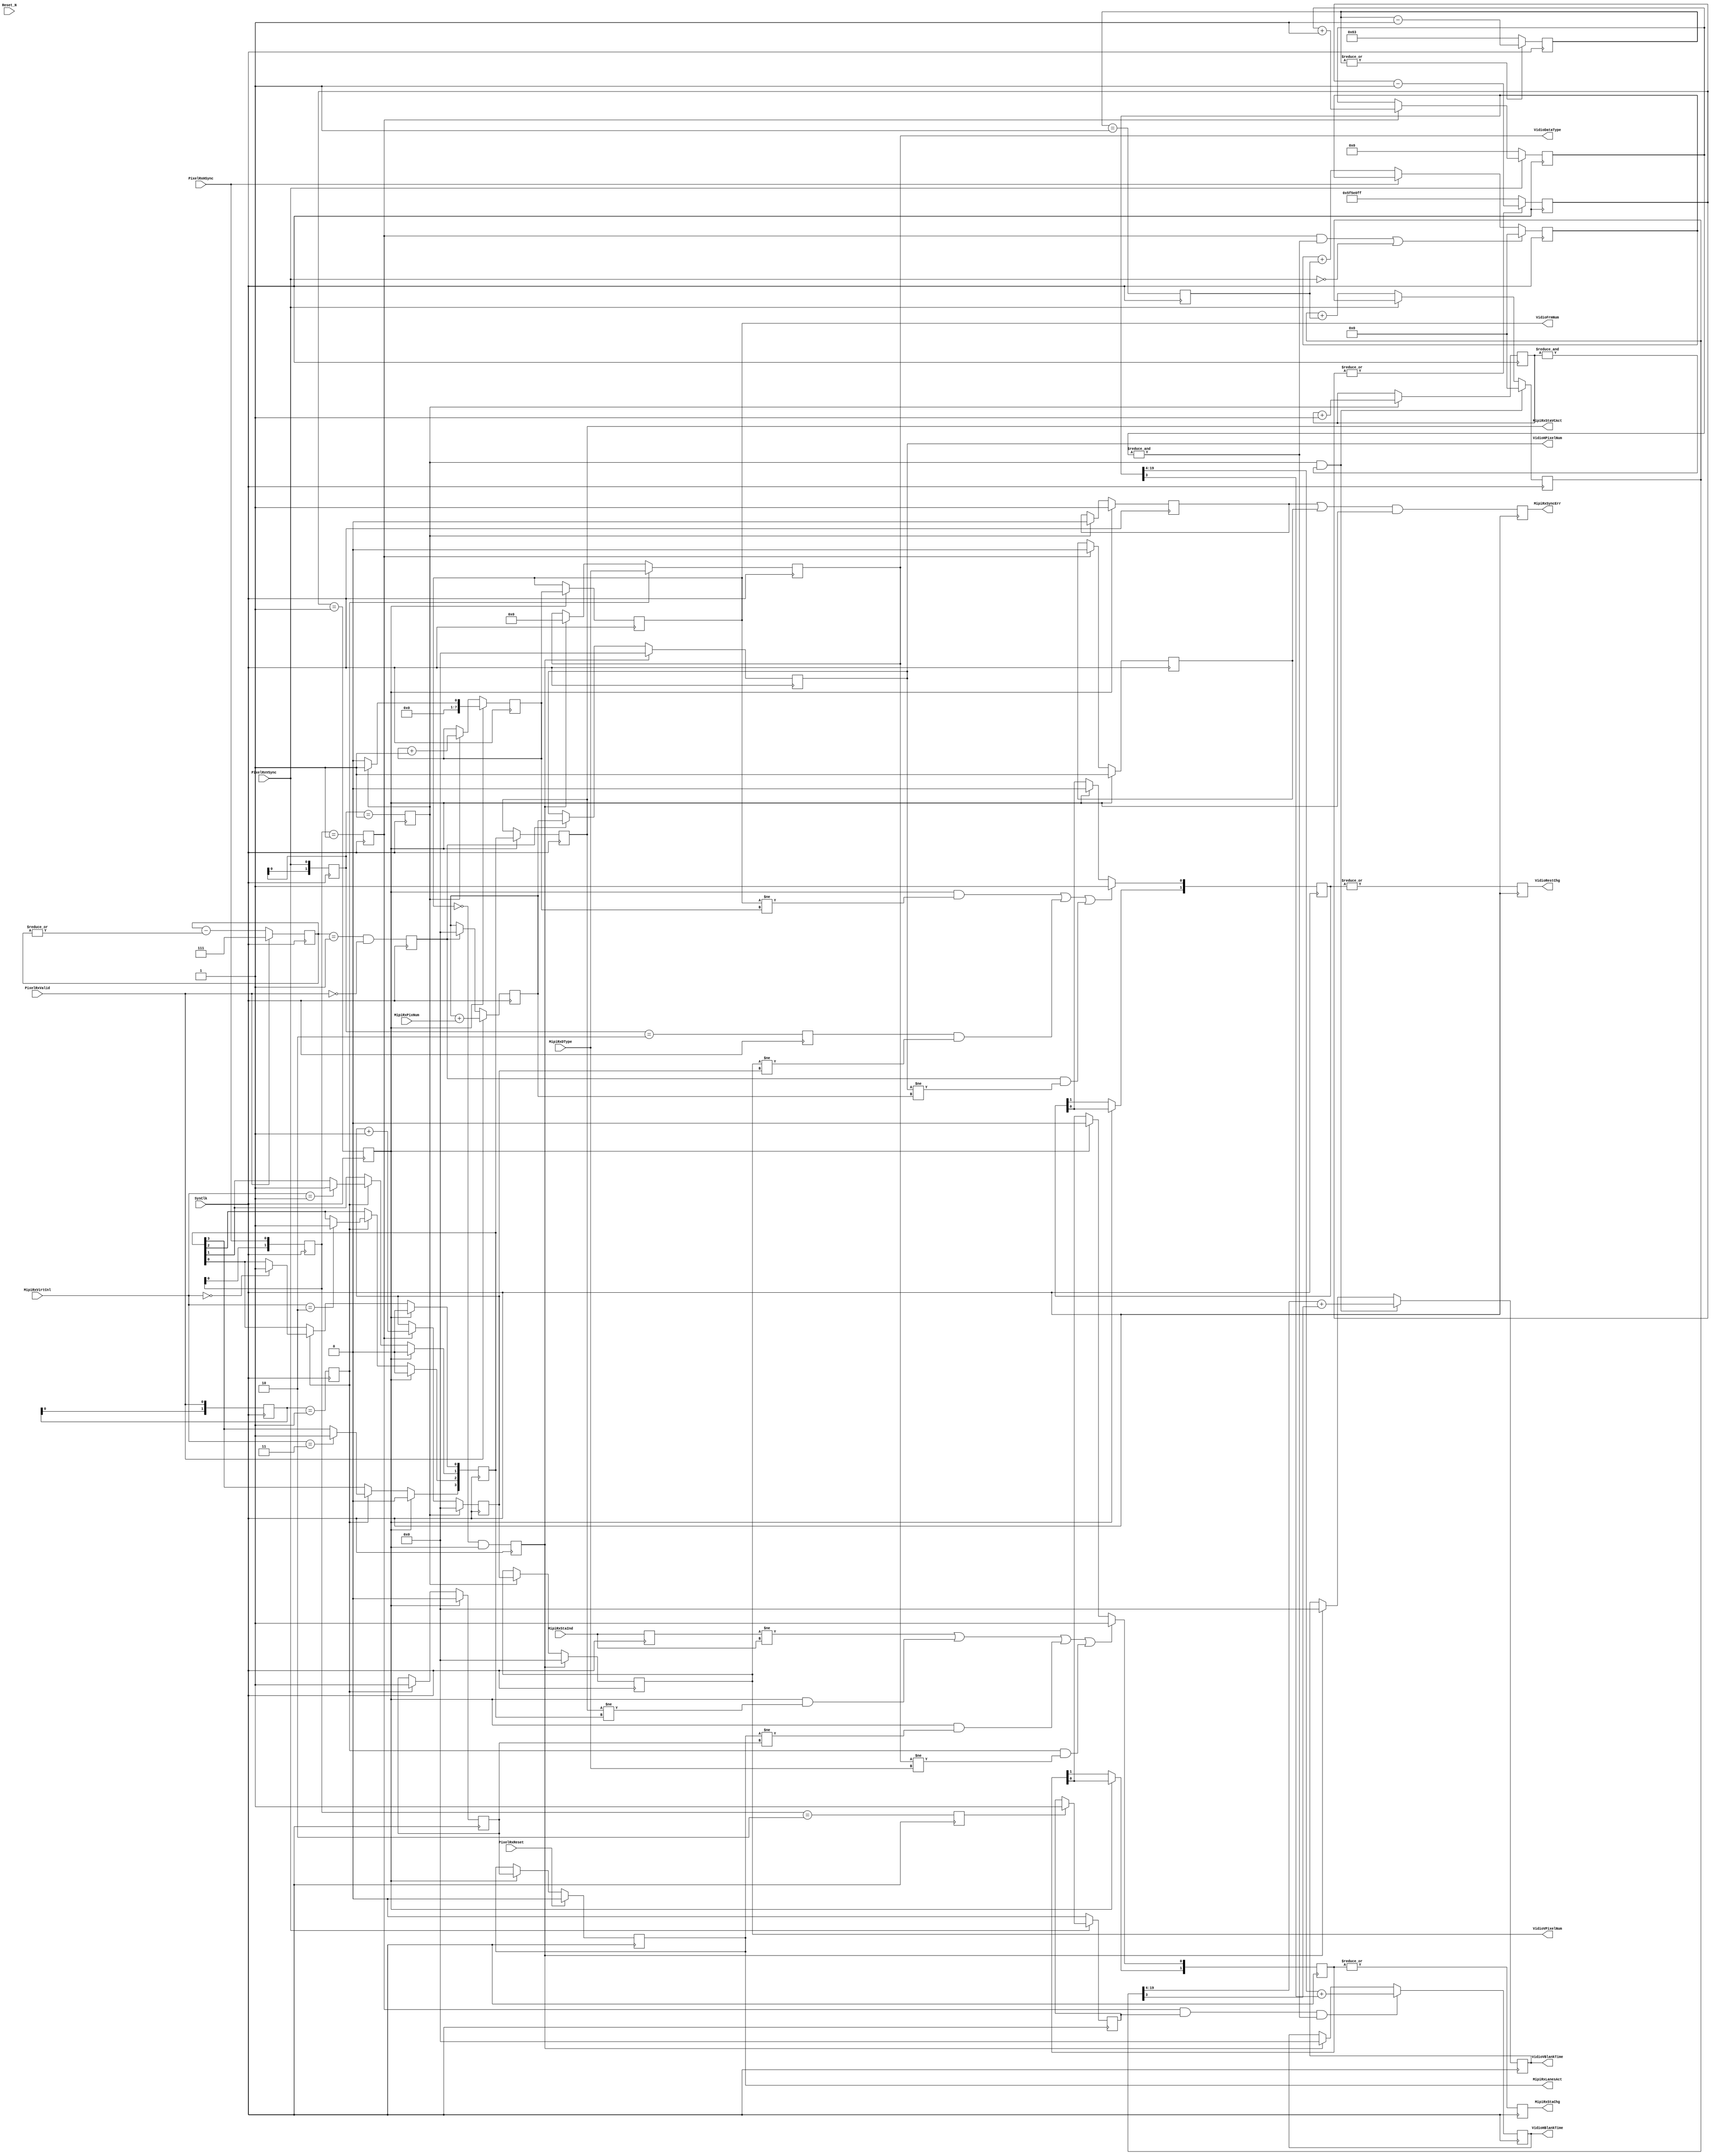

`timescale 100ps/10ps

///////////////////////////////////////////////////////////
/**********************************************************
	
	
	
	
	
	
	
	 2019-9-6
	V10
	
**********************************************************/

module MipiRxMoni
(   
	//System Signal
	SysClk,			//System Clock
	Reset_N,		//System Reset
	// MIPI Rx Signal
  PixelRxReset    , //(I)Pixel Rx DPHY/CSI Reset
  PixelRxHSync    , //(I)Pixel Rx Horizontal Synchronization
  PixelRxVSync    , //(I)Pixel Rx Vertical Synchronization
  PixelRxValid    , //(I)Pixel Rx Pixel Data Valid   
  MipiRxVirtCnl   , //(I)MIPI Rx Virtual Channel
  MipiRxPixNum    , //(I)MIPI Rx Pixel Number 
  MipiRxStaInd    , //(I)MIPI Rx State Indicate   
  MipiRxDType     , //(I)MIPI Rx Data Type
	// MIPI Rx Measure Value and State
	VidioFrmNum     , //(O)Vidio Framer Number  
	VidioHPixelNum  , //(O)Vidio Horizontal Pixel Number
	VidioVPixelNum  , //(O)Vidio Vertical Pixel Number    
	VidioVBlankTime , //(O)Vidio Vertical Blanking Time (us)      
	VidioHBlankTime , //(O)Vidio Horizontal Blanking Time (us)      
	VidioDataType   , //(O)Vidio Data Type
	VidioRestChg    , //(O)MIPI Rx Vidio Resolution Change	
	MipiRxStaChg    , //(O)MIPI Rx State Change          
	MipiRxSyncErr   , //(O)MIPI Rx VSync&HSync Error  
	MipiRxStaVCAct  , //(O)MIPI Rx VC Active Indicate
  MipiRxLanesAct    //(O)MIPI Rx Lanes Active Indicate
);

 	//Define  Parameter
	/////////////////////////////////////////////////////////
	parameter		TCo_C   		= 1;    
		
  parameter   [27:0]  RxPixelClkFreq_C  = 28'd100_000_000;
  localparam  [ 7:0]  RxClkCyclePerUs_C = RxPixelClkFreq_C / 28'd1_000_000;
    
	/////////////////////////////////////////////////////////
	
	//Define Port
	/////////////////////////////////////////////////////////
	//System Signal
	input 				SysClk;				//
	input					Reset_N;			//
	
	/////////////////////////////////////////////////////////
	// MIPI Rx Signal
  input           PixelRxReset    ; //(I)Pixel Rx DPHY/CSI Reset
  input           PixelRxHSync    ; //(I)Pixel Rx Horizontal Synchronization
  input           PixelRxVSync    ; //(I)Pixel Rx Vertical Synchronization
  input           PixelRxValid    ; //(I)Pixel Rx Pixel Data Valid   
  input   [ 3:0]  MipiRxPixNum    ; //(I)MIPI Rx Pixel Number 
  input   [ 1:0]  MipiRxVirtCnl   ; //(I)MIPI Rx Virtual Channel
  input   [17:0]  MipiRxStaInd    ; //(I)MIPI Rx State Indicate   
  input   [ 5:0]  MipiRxDType     ; //(I)MIPI Rx Data Type
    
	/////////////////////////////////////////////////////////
	// MIPI Rx Measure Value and State
	output  [ 7:0]  VidioFrmNum     ; //(O)Vidio Framer Number  
	output  [15:0]  VidioHPixelNum  ; //(O)Vidio Horizontal Pixel Number
	output  [15:0]  VidioVPixelNum  ; //(O)Vidio Vertical Pixel Number    
	output  [15:0]  VidioVBlankTime ; //(O)Vidio Vertical Blanking Time (us)      
	output  [15:0]  VidioHBlankTime ; //(O)Vidio Horizontal Blanking Time (us)     
	output  [ 5:0]  VidioDataType   ; //(O)Vidio Data Type   
	output          VidioRestChg    ; //(O)MIPI Rx Vidio Resolution Change	
	output          MipiRxStaChg    ; //(O)MIPI Rx State Change  
	output          MipiRxSyncErr   ; //(O)MIPI Rx VSync&HSync Error
	output  [3:0]   MipiRxStaVCAct  ; //(O)MIPI Rx VC Active Indicate
  output          MipiRxLanesAct  ; //(O)MIPI Rx Lanes Active Indicate
		
//1111111111111111111111111111111111111111111111111111111
//	
//	Input
//	output
//***************************************************/ 

	/////////////////////////////////////////////////////////
  reg   [1:0] MipiRxHSyncReg  = 2'h0;
  reg   [1:0] MipiRxVSyncReg  = 2'h0;
  reg   [1:0] MipiRxValidReg  = 2'h0;
  
  always @( posedge SysClk)  
  begin
    MipiRxHSyncReg  <= # TCo_C {MipiRxHSyncReg[0],PixelRxHSync};
    MipiRxVSyncReg  <= # TCo_C {MipiRxVSyncReg[0],PixelRxVSync};
    MipiRxValidReg  <= # TCo_C {MipiRxValidReg[0],PixelRxValid};
  end
  
	/////////////////////////////////////////////////////////
  reg MipiRxHSyncPos  = 1'h0;
  reg MipiRxVSyncPos  = 1'h0;
  reg MipiRxValidPos  = 1'h0;
  reg MipiRxHSyncNeg  = 1'h0;
  reg MipiRxVSyncNeg  = 1'h0;
  reg MipiRxValidNeg  = 1'h0;
  
  always @( posedge SysClk)  
  begin
    MipiRxHSyncPos  <= # TCo_C  (MipiRxHSyncReg  == 2'h1);
    MipiRxVSyncPos  <= # TCo_C  (MipiRxVSyncReg  == 2'h1);
    MipiRxValidPos  <= # TCo_C  (MipiRxValidReg  == 2'h1);
    MipiRxHSyncNeg  <= # TCo_C  (MipiRxHSyncReg  == 2'h2);
    MipiRxVSyncNeg  <= # TCo_C  (MipiRxVSyncReg  == 2'h2);
    MipiRxValidNeg  <= # TCo_C  (MipiRxValidReg  == 2'h2);
  end
  
	/////////////////////////////////////////////////////////
  //Generate Second Signal 
  reg [27:0]  SecondCnt = 28'h0;
  reg         SecondEn  =  1'h0;
  
  always @( posedge SysClk)  
  begin    
    if (|SecondCnt)   SecondCnt <= # TCo_C SecondCnt        - 28'h1;
    else              SecondCnt <= # TCo_C RxPixelClkFreq_C - 28'h1;
        
    SecondEn <= # TCo_C (SecondCnt == 28'h1);
  end
  
	/////////////////////////////////////////////////////////
	//Measure Vidio frame Rate
	reg   [7:0]   VidioFrmCnt   = 8'h0;
	reg   [7:0]   VidioFrmNum   = 8'h0;
  reg           VidioFrmLost  = 1'h0;
  
  always @( posedge SysClk)  
  begin
    if (SecondEn)             VidioFrmCnt <= # TCo_C MipiRxVSyncPos ? 8'h1 : 8'h0;
    else if (MipiRxVSyncPos)  VidioFrmCnt <= # TCo_C VidioFrmCnt + 8'h1;
    
    if (SecondEn)             VidioFrmNum <= # TCo_C VidioFrmCnt;
    
    VidioFrmLost <= # TCo_C (VidioFrmNum == 8'h0) & SecondEn;
  end
  
  wire  VidioFrmNumChg =  SecondEn & (VidioFrmNum != VidioFrmCnt) ;
  
	/////////////////////////////////////////////////////////
	//Measure Vidio Vertical Pixel Number
	reg [15:0]  VidioVPixelCnt  = 16'h0;
	reg [15:0]  VidioVPixelNum  = 16'h0;  
	
	always @( posedge SysClk)  
	begin
	  if (MipiRxVSyncPos)       VidioVPixelCnt  <= # TCo_C 16'h0;    
	  else if (MipiRxHSyncPos)  VidioVPixelCnt  <= # TCo_C VidioVPixelCnt + 16'h1; 
	  
	  if (VidioFrmLost)         VidioVPixelNum  <= # TCo_C 16'h0;
	  else if (MipiRxVSyncPos)  VidioVPixelNum  <= # TCo_C VidioVPixelCnt;      
  end
  
  wire  VidoVPixelNumChg = MipiRxVSyncNeg & (VidioVPixelNum  != VidioVPixelCnt);
  
	/////////////////////////////////////////////////////////
	//Measure Vidio Horizontal Pixel Number 
	reg [2:0]   DataAvailCnt;
	reg         HSyncEnd;
	
	always @( posedge SysClk) 
	begin
	  if (PixelRxValid)   DataAvailCnt <= # TCo_C 3'h7;
	  else                DataAvailCnt <= # TCo_C DataAvailCnt - {2'h0,|DataAvailCnt};
	  
	  HSyncEnd  <= # TCo_C (DataAvailCnt == 3'h1) & (~PixelRxValid); 
  end  
	
	reg   [15:0]  VidioHPixelCnt  = 16'h0;
	reg   [15:0]  VidioHPixelNum  = 16'h0;      
	
	always @( posedge SysClk)  
	begin
	  
	  if (PixelRxValid)   VidioHPixelCnt  <= # TCo_C VidioHPixelCnt + MipiRxPixNum; 
	  else if(HSyncEnd)   VidioHPixelCnt  <= # TCo_C 16'h0;    	                       
	  
	  if (VidioFrmLost)   VidioHPixelNum  <= # TCo_C 16'h0;
	  else if (HSyncEnd)  VidioHPixelNum  <= # TCo_C VidioHPixelCnt;    
  end  
                  
	wire VidioHPixelNumChg = HSyncEnd & (VidioHPixelNum != VidioHPixelCnt); 
	
	/////////////////////////////////////////////////////////
	//
	reg [1:0]   VidioRestChgChk = 2'h0; //MIPI Rx Vidio Resolution Change Check
	reg         VidioRestChg    = 1'h0; //MIPI Rx Vidio Resolution Change
	
	always @( posedge SysClk)  
	begin
	  if (VidioFrmNumChg | VidoVPixelNumChg | VidioHPixelNumChg)  VidioRestChgChk[0] <= # TCo_C 1'h1;
	  else if (SecondEn)  VidioRestChgChk[0] <= # TCo_C 1'h0;
	  
	  if (SecondEn) VidioRestChgChk[1]  <= # TCo_C VidioRestChgChk[0];
	  
	  VidioRestChg <= # TCo_C |VidioRestChgChk;
  end
	
//1111111111111111111111111111111111111111111111111111111



//22222222222222222222222222222222222222222222222222222
//	
//	Input
//	output
//***************************************************/ 
  
  reg [7:0] USecondCnt  = 8'h0;
  reg       USecondEn   = 1'h0;
  
  always @( posedge SysClk)  
  begin
    if (|USecondCnt)    USecondCnt <= # TCo_C USecondCnt        - 8'h1;
    else                USecondCnt <= # TCo_C RxClkCyclePerUs_C - 8'h1;
    
    USecondEn <= # TCo_C (USecondCnt == 8'h1);
  end
  
	/////////////////////////////////////////////////////////
	//Measure Vidio Vertical Blanking Time 
	reg   [ 3:0]  VidioVBStaCnt   =  4'h0;  //Vidio Vertical Blanking Statistics Counter
	reg   [19:0]  VidioVBlankCnt  = 20'h0;  //Vidio Vertical Blanking Time Counter
	reg   [15:0]  VidioVBlankTime = 16'h0;  //Vidio Vertical Blanking time    
	
	always @( posedge SysClk)  
	begin
	  if (MipiRxVSyncPos) VidioVBStaCnt   <= # TCo_C VidioVBStaCnt + 4'h1;
	  
	  if (MipiRxVSyncPos & (&VidioVBStaCnt))                VidioVBlankCnt  <= # TCo_C 20'h0;
	  else if (~PixelRxVSync)  VidioVBlankCnt  <= # TCo_C   VidioVBlankCnt + {19'h0,USecondEn};
	                      
	  if (MipiRxVSyncPos & (&VidioVBStaCnt))  
	  begin
	    VidioVBlankTime  <= # TCo_C VidioVBlankCnt[19:4]+ {15'h0,VidioVBlankCnt[3]};
	  end
	  else if (VidioFrmLost)                  VidioVBlankTime  <= # TCo_C 16'h0;
  end  
		
	/////////////////////////////////////////////////////////
	//Measure Vidio Horizontal Blanking Time 
	reg   [ 3:0]  VidioHBStaCnt   =  4'h0;  //Vidio Horizontal Blanking Statistics Counter
	reg   [19:0]  VidioHBlankCnt  = 20'h0;
	reg   [15:0]  VidioHBlankTime = 16'h0;   
	reg           VidioHBlankAva  = 16'h0;   
		
	always @( posedge SysClk)  
	begin	  
	  if (~PixelRxVSync)        VidioHBStaCnt <= # TCo_C 4'h0;
	  else if (MipiRxHSyncPos)  VidioHBStaCnt <= # TCo_C VidioHBStaCnt + 4'h1;
	  
	  if (MipiRxHSyncPos & (&VidioHBStaCnt) | (~PixelRxVSync))    VidioHBlankCnt  <= # TCo_C 20'h0;
	  else if (~PixelRxHSync)         VidioHBlankCnt  <= # TCo_C  VidioHBlankCnt + {19'h0,USecondEn};
	  
	  if (~PixelRxVSync)        VidioHBlankAva  <= # TCo_C  1'h0;
	  else if (MipiRxHSyncNeg)  VidioHBlankAva  <= # TCo_C  1'h1; 
	  
	  if (MipiRxHSyncPos & VidioHBlankAva & (&VidioHBStaCnt))     
	  begin
	    VidioHBlankTime  <= # TCo_C VidioHBlankCnt[19:4] + {15'h0,VidioHBlankCnt[3]};
	  end
	  else if (VidioFrmLost)  VidioHBlankTime  <= # TCo_C 16'h0; 
  end  
		
//2222222222222222222222222222222222222222222222222222222



//3333333333333333333333333333333333333333333333333333333
//	
//	Input
//	output
//***************************************************/ 

	//Record MIPI-Rx Active Channel ; 1 : Active 
  reg    MipiRxStaActChk  = 1'h0;
  
  always @( posedge SysClk)    
  begin
    if  (SecondEn)            MipiRxStaActChk <= # TCo_C 1'h0;
    else if (MipiRxValidPos)  MipiRxStaActChk <= # TCo_C 1'h1;
  end
     
  reg   MipiRxLanesAct = 1'h0;
  
  always @( posedge SysClk)  
  begin 
    if (PixelRxReset)   MipiRxLanesAct <= # TCo_C 1'h0;
    else if (SecondEn)  MipiRxLanesAct <= # TCo_C MipiRxStaActChk;
  end
  
	/////////////////////////////////////////////////////////
	//Record MIPI-Rx Active Virtual Channel
	reg [3:0]   MipiRxVCAct   = 4'h0; 
	
	always @( posedge SysClk)  
	begin
	  if (SecondEn)             MipiRxVCAct <= # TCo_C 4'h0;
	  else if (MipiRxValidPos)   
	  begin
	    case (MipiRxVirtCnl)
	      2'h0: MipiRxVCAct[0] <= # TCo_C 4'h1;
	      2'h1: MipiRxVCAct[1] <= # TCo_C 4'h1;
	      2'h2: MipiRxVCAct[2] <= # TCo_C 4'h1;
	      2'h3: MipiRxVCAct[3] <= # TCo_C 4'h1;
	    endcase	      
    end
  end
     
	reg [3:0]   MipiRxStaVCAct      = 4'h0;
	
	always @( posedge SysClk)  if (SecondEn) MipiRxStaVCAct <= # TCo_C MipiRxVCAct;
		   
	/////////////////////////////////////////////////////////
	reg  [ 5:0]  VidioDataType   ; //(O)Vidio Data Type   
	
	always @( posedge SysClk)  
	begin
	  if (MipiRxValidPos)     VidioDataType <= # TCo_C MipiRxDType;	
	  else if (VidioFrmLost)  VidioDataType <= # TCo_C 6'h0;   
	end
	
	/////////////////////////////////////////////////////////
	//Record  MIPI-Rx Error
	reg [17:0]  MipiRxError;
	
	always @( posedge SysClk)  MipiRxError <= # TCo_C  MipiRxStaInd;
	
	/////////////////////////////////////////////////////////
	//Record MIPI-Rx State Change
	wire  RxStateChange =     (MipiRxError    != MipiRxStaInd    )
        |(SecondEn        & (MipiRxStaVCAct != MipiRxVCAct    )) 
        |(SecondEn        & (MipiRxLanesAct != MipiRxStaActChk))
        |(MipiRxValidPos  & (VidioDataType  != MipiRxDType    ))  ;
                  	        
	reg  [1:0]  MipiRxStaChgChk = 2'h0;
	
	always @( posedge SysClk)  
	begin
	  if (RxStateChange)  MipiRxStaChgChk[0]  <= # TCo_C 1'h1;
    else if (SecondEn)  MipiRxStaChgChk[0]  <= # TCo_C 1'h0;
    
    if (SecondEn)  MipiRxStaChgChk[1]  <= # TCo_C MipiRxStaChgChk[0];
  end
  
	reg         MipiRxStaChg    = 1'h0;
		
	always @( posedge SysClk)  MipiRxStaChg  <= # TCo_C |MipiRxStaChgChk;
			
//3333333333333333333333333333333333333333333333333333333



//4444444444444444444444444444444444444444444444444444444
//	HSync & VSync Error 
//	Input
//	output
//***************************************************/ 

  reg   RxHSyncErr;
  reg   RxVSyncErr;
  reg   RxSyncErr;    //Rx VSync&HSync Error

  
  always @( posedge SysClk)  
  begin
    if (SecondEn)             RxHSyncErr <= # TCo_C 1'h1;
    else if (MipiRxHSyncPos)  
      RxHSyncErr <= # TCo_C 1'h0;
    
    if (SecondEn)             RxVSyncErr <= # TCo_C 1'h1;
    else if (MipiRxVSyncPos)  
      RxVSyncErr <= # TCo_C 1'h0;
    
    RxSyncErr  <= # TCo_C (RxVSyncErr | RxHSyncErr) & SecondEn;        
  end
  
	wire  MipiRxSyncErr = RxSyncErr; //(O)MIPI Rx VSync&HSync Error
	
//4444444444444444444444444444444444444444444444444444444
	
	
	
endmodule 
	
		
		
///////////////////////////////////////////////////////////
/**********************************************************
	
	
	
	
	
	
	
	 2019-9-9
	V10
	
**********************************************************/

module MipiRxCtrl
(   
	//System Signal
	SysClk    ,	  //System Clock
	Reset_N   ,		//System Reset
	//Config & Control Signal
	CtrlRxDPHYRstN  , //(I)Control MIPI Rx DPHY Reset                   
	CtrlRxCSIRstN   , //(I)Control MIPI Rx CSI-2 Reset                  
	CtrlRxErrClr    , //(I)Control MIPI Rx Error Clear                  
	ConfRxVCEn      , //(I)Config  MIPI Rx Virtual Channel Enable       
	ConfRxLanNum    , //(I)Config  MIPI Rx Lanes      
  MipiRxLanesAct  , //(I)MIPI Rx Lanes Active Indicate
	MipiRxSyncErr   , //(I)MIPI Rx VSync&HSync Error   
	PixelRxReset    , //(O)MIPI Rx Reset Signal                
	//Output To MIPI                                                 
	MipiRxDPHYRstN  , //(O)[Control]MIPI Rx DPHY Reset                  
	MipiRxCSIRstN   , //(O)[Control]MIPI Rx CSI-2 Reset                 
	MipiRxErrClr    , //(O)[Status] MIPI Rx Error Clear               
);

 	//Define  Parameter
	/////////////////////////////////////////////////////////
	parameter		TCo_C   		= 1;    
		
	/////////////////////////////////////////////////////////
	
	//Define Port
	/////////////////////////////////////////////////////////
	//System Signal
	input 				SysClk  ;			//
	input					Reset_N ;			//
	
	/////////////////////////////////////////////////////////
	//Config & Control Signal
  input			      CtrlRxDPHYRstN  ; //(I)Control MIPI Rx DPHY Reset (Low Active)
	input			      CtrlRxCSIRstN   ; //(I)Control MIPI Rx CSI-2 Reset (Low Active)
	input		        CtrlRxErrClr    ; //(I)Control MIPI Rx Error Clear
	input   [ 3:0]  ConfRxVCEn      ; //(I)Config  MIPI Rx Virtual Channel Enable
	input   [ 2:0]  ConfRxLanNum    ; //(I)Config  MIPI Rx Lanes
  input           MipiRxLanesAct  ; //(I)MIPI Rx Lanes Active Indicate
	input           MipiRxSyncErr   ; //(I)MIPI Rx VSync&HSync Error
	output          PixelRxReset    ; //(O)MIPI Rx Reset Signal    
	
	/////////////////////////////////////////////////////////        
	//Output To MIPI                                 
  output			    MipiRxDPHYRstN  ; //(O)MIPI Rx DPHY Reset (Low Active, To MIPI-Rx Interface)
	output			    MipiRxCSIRstN   ; //(O)MIPI Rx CSI-2 Reset  (Low Active, To MIPI-Rx Interface)
	output		      MipiRxErrClr    ; //(O)MIPI Rx Error Clear  (To MIPI-Rx Interface)
	
//1111111111111111111111111111111111111111111111111111111
//	
//	Input
//	output
//***************************************************/ 
	
	reg [ 3:0]  ConfLastRxVCEn    = 4'h0; //Config MIPI Rx Last  Virtual Channel Enable 
	reg [ 2:0]  ConfLastRxLanNum  = 3'h0; //Config MIPI Rx Last  Lanes Number
	reg         MipiRxAutoRst     = 1'h0; //MIPI-Rx Auto Reset as a Result of Config parameter Changed
	
	always @( posedge SysClk)  ConfLastRxVCEn   <= # TCo_C ConfRxVCEn  ; 
	always @( posedge SysClk)  ConfLastRxLanNum <= # TCo_C ConfRxLanNum; 
	always @( posedge SysClk)  MipiRxAutoRst    <= # TCo_C MipiRxSyncErr 
	                                              | (ConfLastRxVCEn   != ConfRxVCEn  ) 
	                                              | (ConfLastRxLanNum != ConfRxLanNum);
	                                              
	/////////////////////////////////////////////////////////
	reg [15:0] RxDPHYRstCnt = 16'h0;  //MIPI RX DPHY Reset Counter 
	
	always @( posedge SysClk or negedge Reset_N)  
	begin
	  if (!Reset_N)               RxDPHYRstCnt <= # TCo_C 16'h0;
	  else if (~CtrlRxDPHYRstN)   RxDPHYRstCnt <= # TCo_C 16'h0;
	  else if (MipiRxAutoRst)     RxDPHYRstCnt <= # TCo_C 16'h0;
	  else                        RxDPHYRstCnt <= # TCo_C RxDPHYRstCnt + {15'h0,(~RxDPHYRstCnt[15])};
  end
  
  wire  MipiRxDPHYRstN   = RxDPHYRstCnt[15];  //MIPI Rx DPHY Reset Operate (Low Active, MIPI-Rx Interface) 
  
	/////////////////////////////////////////////////////////
	reg [15:0] RxCSIRstCnt = 16'h0; //MIPI RX DPHY Reset Counter
	
	always @( posedge SysClk or negedge Reset_N)  
	begin
	  if (!Reset_N)             RxCSIRstCnt <= # TCo_C 16'h0;
	  else if (~CtrlRxCSIRstN)  RxCSIRstCnt <= # TCo_C 16'h0;
	  else if (MipiRxAutoRst)   RxCSIRstCnt <= # TCo_C 16'h0;
	  else                      RxCSIRstCnt <= # TCo_C RxCSIRstCnt + {15'h0,(~RxCSIRstCnt[15])};
  end
  
	wire	MipiRxCSIRstN   = RxCSIRstCnt[15]; //(O)MIPI Rx CSI-2 Reset (Low Active, MIPI-Rx Interface) 
	
	/////////////////////////////////////////////////////////
	reg PixelRxRstReg;  //Rx Reset Register
	
	always @( posedge SysClk)  PixelRxRstReg <= # TCo_C ~(MipiRxCSIRstN & MipiRxDPHYRstN);
	
	wire PixelRxReset = MipiRxCSIRstN & MipiRxDPHYRstN & PixelRxRstReg; //(O)MIPI Rx Reset Signal 
	
	/////////////////////////////////////////////////////////
	reg       RxFirstVSync   =  1'h0;
	reg [15:0] RxErrClrCnt   = 16'h0;
	
	always @( posedge SysClk)  
	begin
	  if (CtrlRxErrClr | PixelRxReset) 	RxErrClrCnt <= # TCo_C 16'hffff; 
	  else if (MipiRxLanesAct)          RxErrClrCnt <= # TCo_C RxErrClrCnt - {15'h0,RxErrClrCnt[15]};
  end
  
	wire			   MipiRxErrClr     = RxErrClrCnt[15]; //MIPI Rx CSI-2 Reset Operate (MIPI-Rx Interface) 
	
//1111111111111111111111111111111111111111111111111111111

	
	
	
endmodule